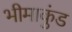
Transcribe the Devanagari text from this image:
भीमाकुंड